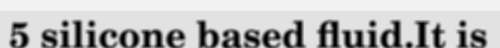
5 silicone based fluid.It is